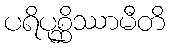
ပရိပုစ္ဆိဿာမီတိ